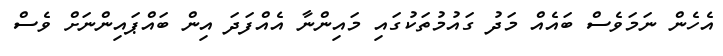
އެހެން ނަމަވެސް ބައެއް މަދު ގައުމުތަކުގައި މައިންނާ އެއްފަދަ އިން ބައްޕައިންނަށް ވެސް